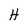
Character: H